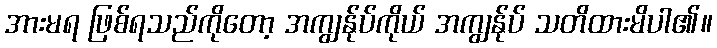
အားမရ ဖြစ်ရသည်ကိုတော့ အကျွန်ုပ်ကိုယ် အကျွန်ုပ် သတိထားမိပါ၏။